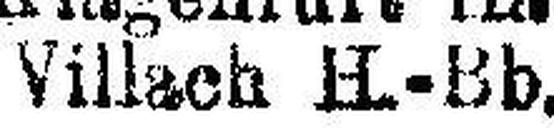
Villach H.-Bb.